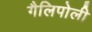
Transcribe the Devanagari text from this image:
गैलिपोली